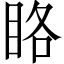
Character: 䀩